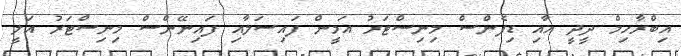
އިބްރާހިމް ދީދީ އާއި ޑިފެންސް މިނިސްޓަރު އަމީން ފައިސަލާއި ފައިނޭންސް މިނިސްޓަރު އަލީ